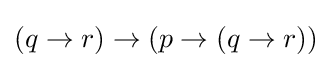
(q\to r)\to (p\to (q\to r))